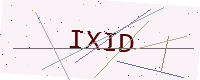
Text: IXID